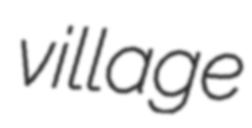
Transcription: village